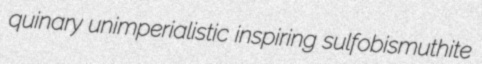
quinary unimperialistic inspiring sulfobismuthite